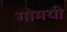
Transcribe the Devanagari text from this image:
गोमयी